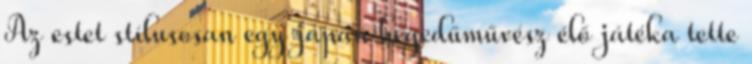
Az estet stílusosan egy japán hegedűművész élő játéka tette